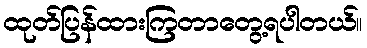
ထုတ်ပြန်ထားကြတာတွေ့ရပါတယ်။